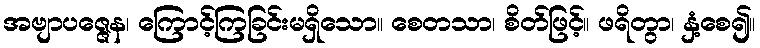
အဗျာပဇ္ဇေန၊ ကြောင့်ကြခြင်းမရှိသော။ စေတသာ၊ စိတ်ဖြင့်။ ဖရိတွာ၊ နှံ့စေ၍။